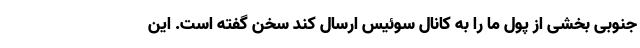
جنوبی بخشی از پول ما را به کانال سوئیس ارسال کند سخن گفته است. این